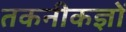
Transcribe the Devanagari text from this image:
तकनीकज्ञों